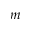
m